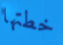
خطتها